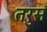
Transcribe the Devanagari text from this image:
तरुस